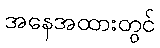
အနေအထားတွင်